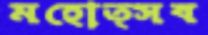
মহোত্সব